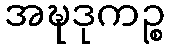
အဍ္ဎဒုကဉ္စ